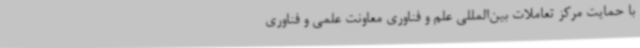
با حمایت مرکز تعاملات بین‌المللی علم و فناوری معاونت علمی و فناوری